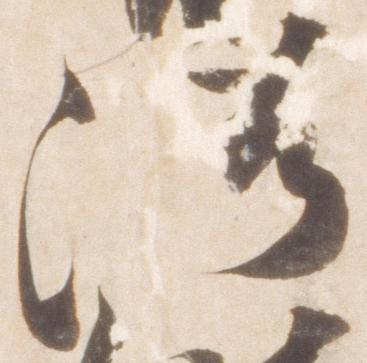
法